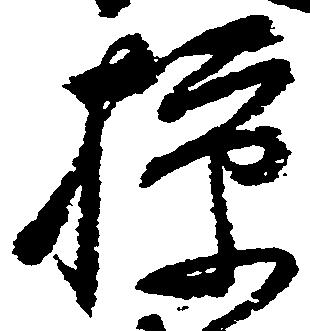
掠